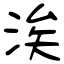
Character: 涘